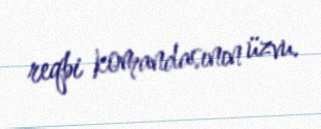
reqbi komandasının üzvu.